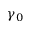
\gamma _ { 0 }